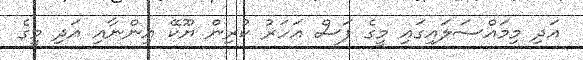
އަދި މިމައްސަލައިގައި މީގެ ފަސް އަހަރު ކުރިން ޔޫކޭ އިންނާއި އަދި މީގެ